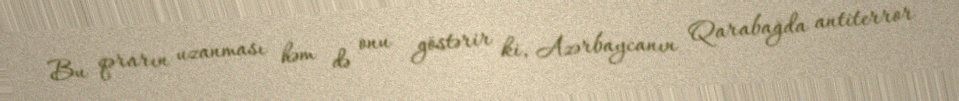
Bu qərarın uzanması həm də onu göstərir ki, Azərbaycanın Qarabağda antiterror